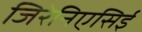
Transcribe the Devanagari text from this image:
जिरेनिएसिई